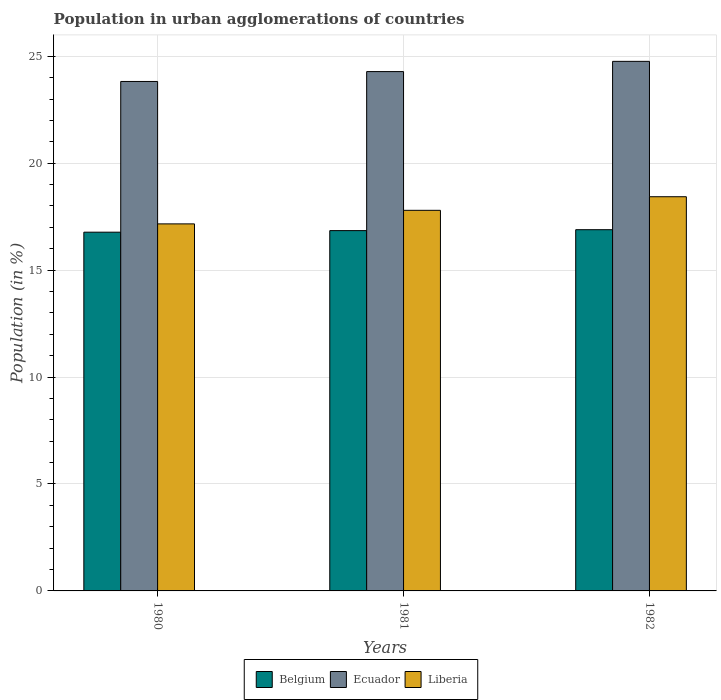
| Years | Belgium | Ecuador | Liberia |
 | --- | --- | --- | --- |
 | 1980 | 16.8 | 23.8 | 17.2 |
 | 1981 | 16.8 | 24.3 | 17.8 |
 | 1982 | 16.9 | 24.8 | 18.4 |